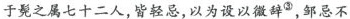
于髡之属七十二人，皆轻忌，以为设以微辞^{③}，邹忌不